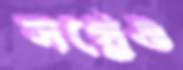
সপ্নেও